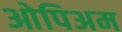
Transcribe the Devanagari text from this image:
ओपिअम